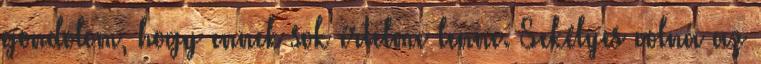
gondolom, hogy ennek sok értelme lenne. Sekélyes volna az